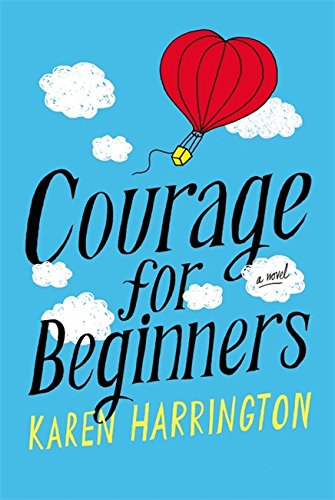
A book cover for Courage for Beginners; Karen Harrington; Children's Books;